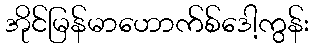
အိုင်မြန်မာဟောက်စ်ဒေါ့ကွန်း